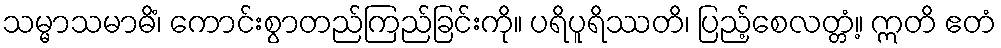
သမ္မာသမာဓိံ၊ ကောင်းစွာတည်ကြည်ခြင်းကို။ ပရိပူရိဿတိ၊ ပြည့်စေလတ္တံ့။ ဣတိ ဧတံ